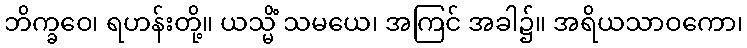
ဘိက္ခဝေ၊ ရဟန်းတို့။ ယသ္မိံ သမယေ၊ အကြင် အခါ၌။ အရိယသာဝကော၊